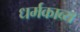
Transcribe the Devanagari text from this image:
धर्मकाव्य